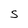
Character: S